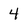
Character: 4